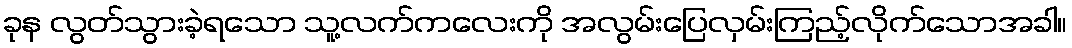
ခုန လွတ်သွားခဲ့ရသော သူ့လက်ကလေးကို အလွမ်းပြေလှမ်းကြည့်လိုက်သောအခါ။